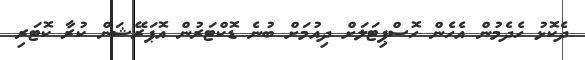
ދެކޮޅު ހެދެމުން އެހެން ހޮސްޕިޓަލަށް ދިއުމަށް ބުނެ ޑޮކްޓަރުން އޮޕަރޭޝަން ކުރާ ކޮޓަރި